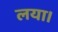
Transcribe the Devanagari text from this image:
लया।